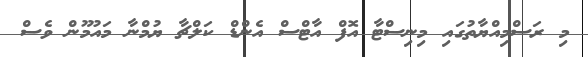
މި ރަސްމިއްޔާތުގައި މިނިސްޓާ އޮފް އާޓްސް އެންޑް ކަލްޗާ ޔުމްނާ މައުމޫން ވެސް